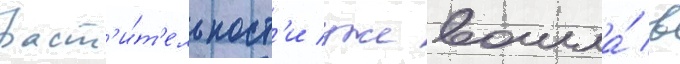
раст'и́т'ельност'и уже вошла́ в